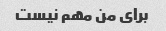
برای من مهم نیست